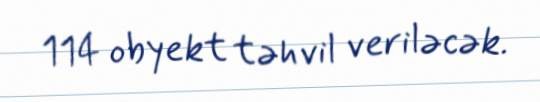
114 obyekt təhvil veriləcək.